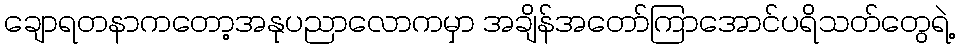
ချောရတနာကတော့အနုပညာလောကမှာ အချိန်အတော်ကြာအောင်ပရိသတ်တွေရဲ့